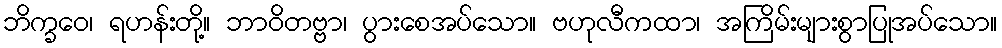
ဘိက္ခဝေ၊ ရဟန်းတို့။ ဘာဝိတဗ္ဗာ၊ ပွားစေအပ်သော။ ဗဟုလီကထာ၊ အကြိမ်းများစွာပြုအပ်သော။